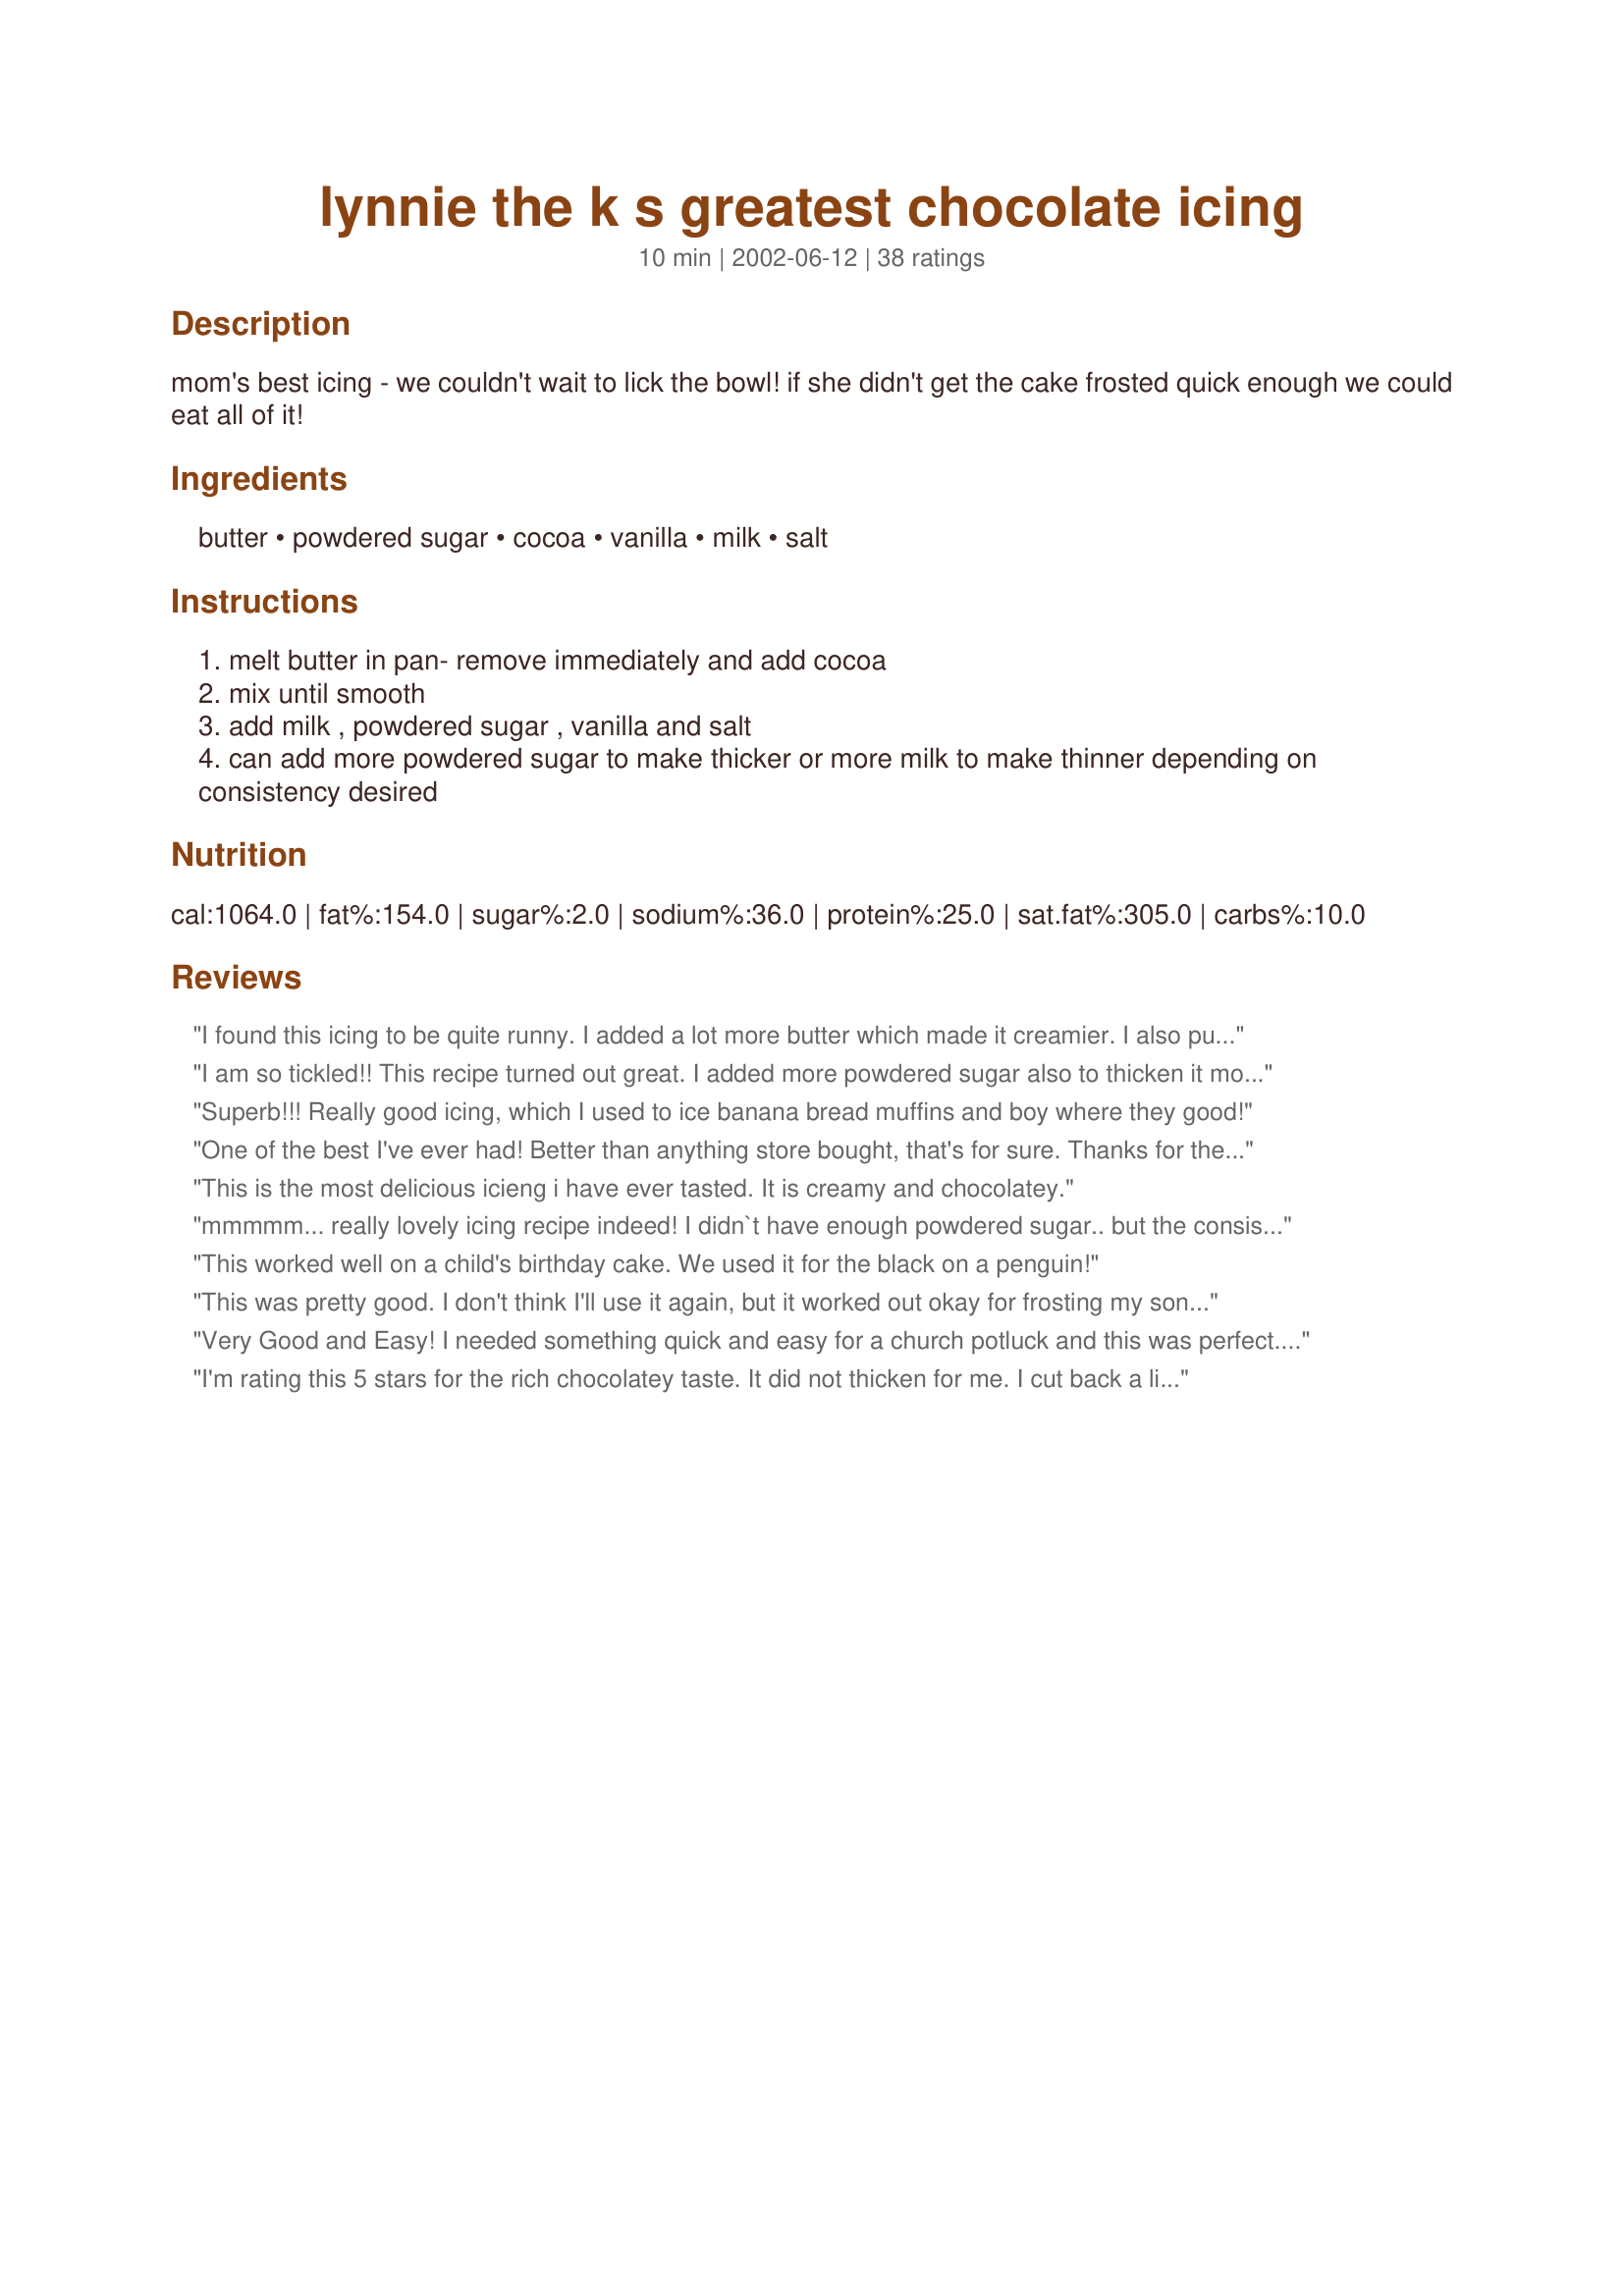
lynnie the k s greatest chocolate icing
Preparation time: 10 minutes

mom's best icing - we couldn't wait to lick the bowl! if she didn't get the cake frosted quick enough we could eat all of it!

Ingredients:
butter, powdered sugar, cocoa, vanilla, milk, salt

Steps:
melt butter in pan- remove immediately and add cocoa
mix until smooth
add milk , powdered sugar , vanilla and salt
can add more powdered sugar to make thicker or more milk to make thinner depending on consistency desired

Reviews:
I found this icing to be quite runny. I added a lot more butter which made it creamier. I also put it in the fridge for quite some time to thicken it up. Decent, fast, easy icing, but not fabulous.
I am so tickled!! This recipe turned out great. I added more powdered sugar also to thicken it more as Marg said in her review. This is the greatest and I agree its is a 10 star recipe in my book!! I usually make a mess on making homemade icings but this was right on the money! Thanks so much for sharing this easy and delicious recipe. I will be making this more often in the future :)
Superb!!! Really good icing, which I used to ice banana bread muffins and boy where they good!
One of the best I've ever had! Better than anything store bought, that's for sure. Thanks for the yummy recipe...oh ya, my wife thanks you too!!
This is the most delicious icieng i have ever tasted. It is creamy and chocolatey.
mmmmm... really lovely icing recipe indeed! I didn`t have enough powdered sugar.. but the consistency was not very thin, yet not thick.. so I plopped in a mars bar and let it all meld together... 
omg, to die for! when the muffins came out the oven, I treated them as doughnuts and dunked them into the icing and let them sit.. room temp for 1.2 hr. uhuh... mighty nice indeed .. thanks for sharing
This worked well on a child's birthday cake. We used it for the black on a penguin!
This was pretty good. I don't think I'll use it again, but it worked out okay for frosting my son's little first birthday cake.
Very Good and Easy! I needed something quick and easy for a church potluck and this was perfect. I cut down to about 1/4 c. milk. I followed the rest of the recipe.
I'm rating this 5 stars for the rich chocolatey taste. It did not thicken for me. I cut back a little on the milk and butter since my powdered sugar was not quite 1/2 cup. So...I poked holes in the cake and poured it in...enjoyed it this way.
Brought back yummy memories of what my mother use to make. Was a bit thin, just added a lit'l more sugar. I Made a 2nd batch to put on graham crackers (just like mom did :-}. Highly recommed for a true taste of "just like mom's". Thank you for the post.
I had to substiture crisco shortening for the butter here and it was still one of the BEST icings I've made. I'm a vegan so we never use real butter for anything anyway. In this case we were out of pretty much everything (includng vegan butter) And we really wanted cake! This whips up in a snap and I always have the stuff! YAY. Definite keeper.
This is definitely the GREATEST chocolate icing I've ever had! 10 stars! Very easy to make and the taste if fantastic. I used about 3/4 of a 2 lb. bag but I like a stiff icing. Thanks so much for sharing this fantastic recipe!
It really is the best icing I have tried! I assumed that you meant 1/2 a 2 pound bag of powdered sugar. You must have because that was perfect! I mixed by had with a whisk and it was just fine. I can't wait to see how it tastes on the "whatever Floats Your Boat" Brownies! Thanks for posting.
very yummy! the longer i let it sit in the fridge, the thicker it got.
I just made this icing this afternoon, for a bridal shower. It was superb! Its ONE HUNDRED times tastier than store bought icing. 
 After melting the butter and whisking in the cocoa, I used my stand mixer to stir in the vanilla milk and powdered sugar (a little at a time). 
 If you're looking for a chocolate frosting, look NO further! This is it!!
Great chocolate frosting, smooth and easy to spread. My first try at frosting and it came out great, my compliments to mom.
This was the best icing I ever made...Actually, my son made it and it was so easy! We have saved this one to be our go to icing recipe.
I have tried several different icings and I have to say this is the best chocolate icing I have made!!! My Hubby and Daughter love it too!!!! Thank u for sharing!!!! After melting I mixed it all with my stand mixer. I didn&#039;t measure the sugar. Just added til it was the consistency I wanted. Turned out perfect!!!
Excellent! It was a perfect consistency for my tastes with yummy deep chocolate flavor. I made a boxed chocolate cake and frosted it with this icing. It seemed like the whole cake was from scratch. I assumed that in step 2, it meant to use an electric mixer; it might be helpful for we non-baker types if it was specified to use an electric mixer.
I love this frosting but I add a little cinnamon to it, other than that I love it!
This was absolutely fantastic! It came together beautifully. It tastes like canned frosting but much better which is a huge compliment because I love canned frosting! I had to add almost twice the stated amount of cocoa to get it to taste the way I thought it should. But that is an easy adjustment and this IS my go-to frosting now. Thank you so much!
This icing recipe is wonderful...and so easy to make! I haven&#039;t had icing like this in years! I used about 1 1/4 lbs of powdered sugar. You will definitely want to leave a little in the bowl for the kids...or yourself! This will be my regular icing from now on---love it! Melted butter in saucepan, added cocoa and stirred until smooth-then removed from eye and added other ingredients and used mixer.&lt;br/&gt;I paired this with the super-easy to make &quot;One Pan Fudge Cake (29935)! So easy I could make it every day...but I better not!
Good recipe very similar to my mum's who never measures ingredients, so now I can get close to her recipe for icing. I used 2lbs of icing sugar, but I wanted a really stiff icing. In the last batch of icing sugar I sifted in about two table spoons of extra cocoa. It needed that more chocolaty taste with all the icing sugar. I will keep this in my recipe book for next time. Thanks.
Delicious!
Absolutely wonderful! Easy to make & delicious to eat! I've made this 2 times now and it always gets eat! We even dip apple slices or banana's in it too!!
Oh my goodness! This is the best icing I have ever eaten, let along made!! It is a keeper for sure! I had to throw the bowl in the sink to keep from making myself sick! I used it to ice Recipe #26370.
Very good icing! I just added powdered sugar till it looked and tasted right. Very simple and flavorful. Thanks!
Mighty nice!
So good! My mom begs me to make this every time we have cake!
Excellent creamy chocolate icing! It was very easy to make and consistency just perfect. Pretty much fool proof, too for those who haven't tried "scratch" icing.Thanx for a great recipe!!
This Icing was amazing!! It was very easy to make and the leftovers kept in the fridge just fine. The cake was a huge success and I used the rest for Graham Crackers and icing.

I will definitely be making this again!
Thanks Lynne
Super easy! Great tasting! I didn't look at all the reviews before making and wasn't too sure what the "1/2 bag" of powdered sugar was. I knew it wasn't 1/2 the bag I had on hand, 7lbs! So I just added until it looked right. Ended up a little stiff, but still tasted great. A good start would be a 1lb. box of powdered sugar. Might be just right and wouldn't envolve any measuring. No matter what,it taste great!
Thanks for sharing. Loved it and it will be a keeper!
Great taste, but I had to add tons of powdered sugar to make it not runny. The recipe doesn't state what size bag to use, and I ended up using the majority of a 2 lb. bag - seemed like an awful lot to me. It still ran over the cake, but the taste was right on!
Can we say "Death by Chocolate"? lol Really quite good although richer than what I was looking for. Thanks for a quick and easy recipe.
The only change I made was I used whipping cream instead of milk because I had to use it up. Awesome icing, the dayhome kids loved it on their birthday cupcakes. Thanks for a great recipe.
I had to find and make an icing and be out the door with the brownies in hand in 30 minutes I was going out to the neighbours for coffee and dessert in the field as the guys were combineing so I was nervous as to how this recipe would turn out as it was very windy with a chill to the wind and everybody wants a good treat at coffee time after working! I added more icing sugar and salt than the recipe called for to get the taste and consistency I was looking for but it went on my brownies just beautifully.I was very pleased with the taste of the icing the recipe reminded me of my mothers chocolate icing which was exactly what I was looking for so I'm pleased to say I found an old fashioned rich and creamy icing!
